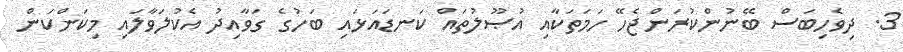
3. ދިވެހިބަސް ބޭނުންކުރަންޖެހޭ ހަމަތަކާއި އުޞޫލުތައް ކަނޑައަޅައި ބަހުގެ ގަވާއިދު އެކުލަވާލައި މިކަންކަން